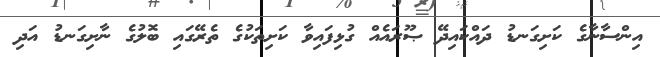
އިންސާނާގެ ކަށިގަނޑު ދައްކައިދޭ ޞޫރައެއް ގުޅިފައިވާ ކަށިތަކުގެ ތެރޭގައި ބޮލުގެ ނާށިގަނޑު އަދި